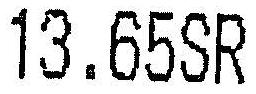
13.65SR